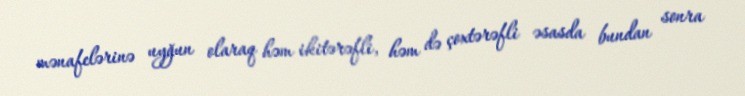
mənafelərinə uyğun olaraq həm ikitərəfli, həm də çoxtərəfli əsasda bundan sonra